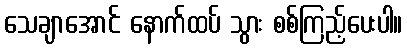
သေချာအောင် နောက်ထပ် သွား စစ်ကြည့်ပေးပါ။